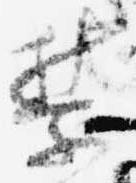
禁